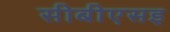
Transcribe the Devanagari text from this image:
सीबीएसइ